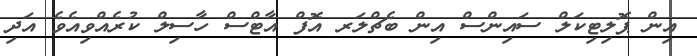
އިން ޕޮލިޓިކަލް ސައިންސް އިން ބެޗްލަރ އޮފް އާޓްސް ހާސިލް ކުރެއްވިއެވެ އަދި